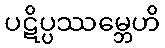
ပဋိပ္ပဿမ္ဘေဟိ